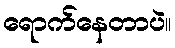
ရောက်နေတာပဲ။